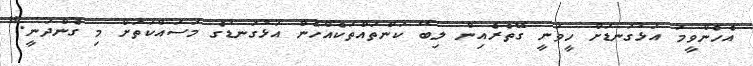
އެހެންވީމަ އަޅުގަނޑަށް ހީވަނީ ގޭތެރެއިން ލިބޭ ކަންތައްތަކެއްހެން އަޅުގަނޑުގެ މަސައްކަތަށް މި ގެންދަނީ."